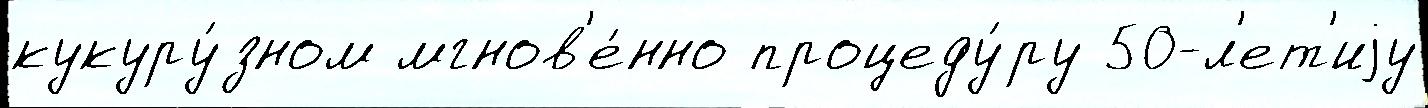
кукуру́зном мгнов'е́нно процеду́ру 50-л'ет'иjу